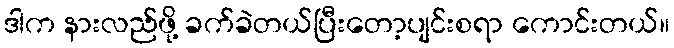
ဒါက နားလည်ဖို့ ခက်ခဲတယ်ပြီးတော့ပျင်းစရာ ကောင်းတယ်။